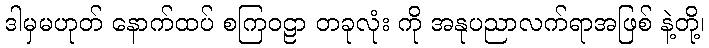
ဒါမှမဟုတ် နောက်ထပ် စကြဝဠာ တခုလုံး ကို အနုပညာလက်ရာအဖြစ် နဲ့တို့၊